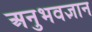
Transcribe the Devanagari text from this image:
अनुभवज्ञान